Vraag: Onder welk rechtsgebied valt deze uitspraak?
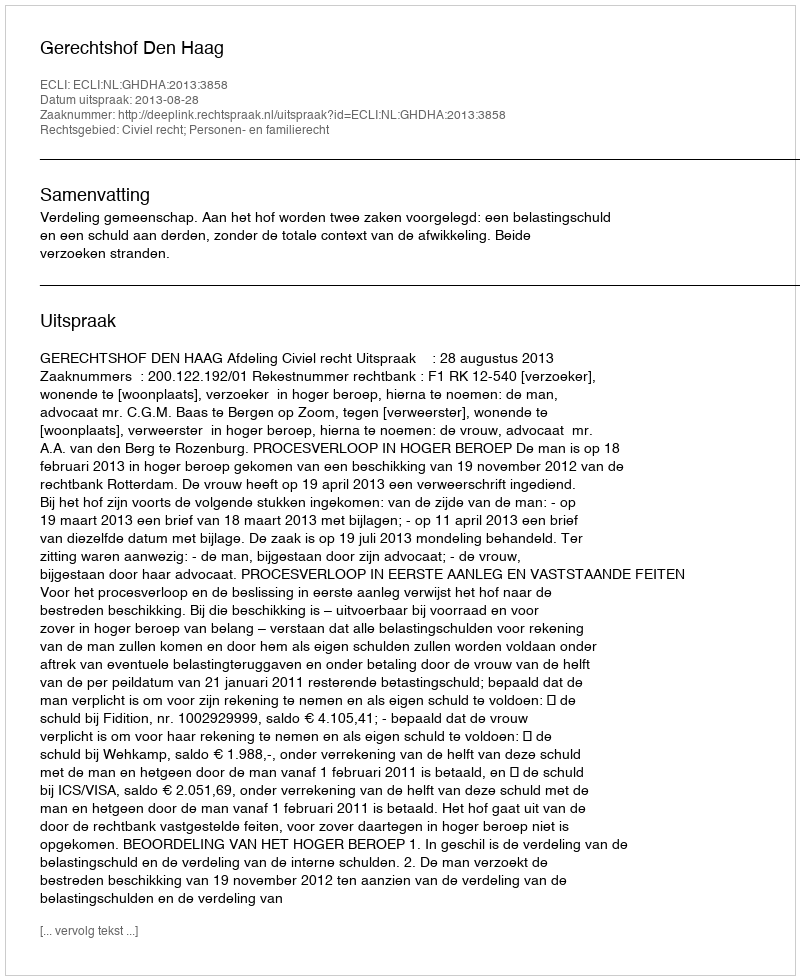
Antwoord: Civiel recht; Personen- en familierecht